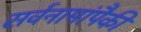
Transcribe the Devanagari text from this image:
सर्वनामांपैकी